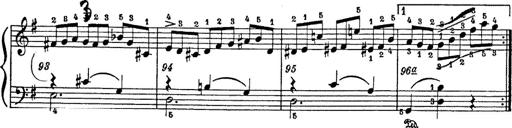
Title: 6 Polish Songs
Composer: Franz Liszt